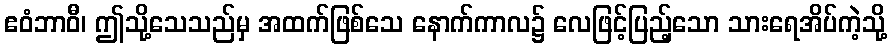
ဧဝံဘာဝီ၊ ဤသို့သေသည်မှ အထက်ဖြစ်သေ နောက်ကာလ၌ လေဖြင့်ပြည့်သော သားရေအိပ်ကဲ့သို့